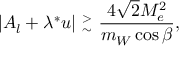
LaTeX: \vert A _ { l } + \lambda ^ { \ast } u \vert ~ { ^ > _ { \sim } } ~ { \frac { 4 \sqrt 2 M _ { e } ^ { 2 } } { m _ { W } \cos \beta } } ,